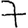
Digit: 7